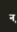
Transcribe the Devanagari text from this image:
नृ